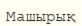
Машырық